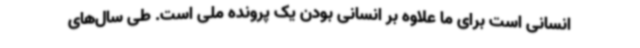
انسانی است برای ما علاوه بر انسانی بودن یک پرونده ملی است. طی سال‌های